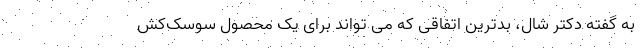
به گفته دکتر شال، بدترین اتفاقی که می تواند برای یک محصول سوسک‌کش